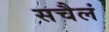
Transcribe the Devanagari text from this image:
सचैलं